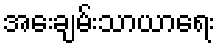
အေးချမ်းသာယာရေး